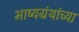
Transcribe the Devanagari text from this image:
भाष्यग्रंथांच्या